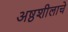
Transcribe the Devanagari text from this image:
अष्ठशीलाचे